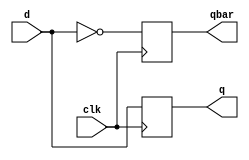
module dff_negedge (d, clk,q,qbar);
input d,clk;
output reg q,qbar;
always@(negedge clk)
begin
q=d;
qbar=~d;
end
endmodule